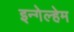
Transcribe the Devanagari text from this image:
इन्गेल्हेम